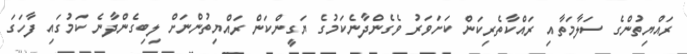
ރައްޔިތުންގެ ސަލާމަތާއި ރައްކާތެރިކަން ކަށަވަރު ވެގެންދާނެކަމުގެ ޔަގީންކަން ރައްޔިތުންނަށް ލިބިގެންދާނެ ކަމުގައި ފާހަގަ